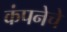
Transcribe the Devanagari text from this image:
कंपनेचे